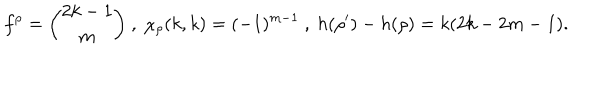
f ^ { \rho } = { \binom { 2 k - 1 } { m } } \ , \ \chi _ { \rho } ( k , k ) = ( - 1 ) ^ { m - 1 } \ , \ h ( \rho ^ { \prime } ) - h ( \rho ) = k ( 2 k - 2 m - 1 ) .